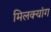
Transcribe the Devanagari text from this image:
मिलक्यांग